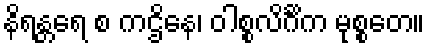
နိရန္တရေ စ ကဌိနေ၊ ဝါစ္စလိင်္ဂိက မုစ္စတေ။